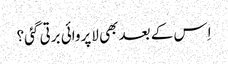
اِس کے بعد بھی لاپروائی برتی گئی؟